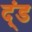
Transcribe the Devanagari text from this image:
द्ंड